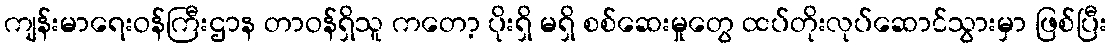
ကျန်းမာရေးဝန်ကြီးဌာန တာဝန်ရှိသူ ကတော့ ပိုးရှိ မရှိ စစ်ဆေးမှုတွေ ထပ်တိုးလုပ်ဆောင်သွားမှာ ဖြစ်ပြီး